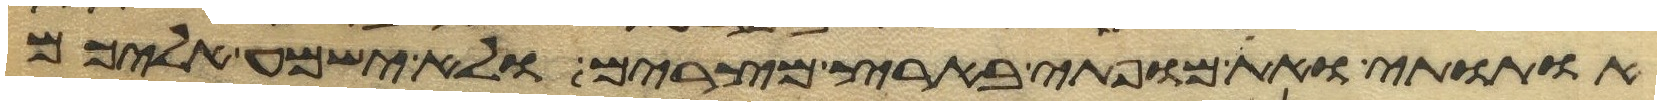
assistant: אתותי ואת מופתי בארץ מצרים ולא ישמע אליכם